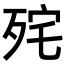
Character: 𭮏